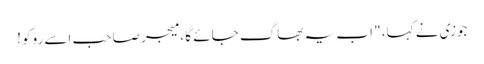
جوزی نے کہا، " اب یہ بھاگ جائے گا ، میجر صاحب اِسے روکو !